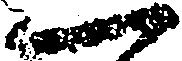
一